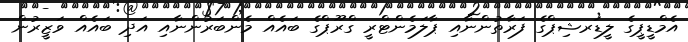
އެމްޑީޕީގެ ލީޑަރޝިޕްގެ ފަރާތުންނާއި ޕާލަމެންޓްރީ ގްރޫޕްގެ ބައެއް މެންބަރުންނާއި އަދި ބައެއް ވަޒީރުން